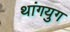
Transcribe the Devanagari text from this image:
थांगयुग